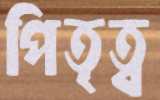
পিতৃত্ব